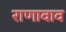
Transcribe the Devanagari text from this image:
राणावाव